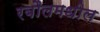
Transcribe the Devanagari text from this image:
रबौलमधील